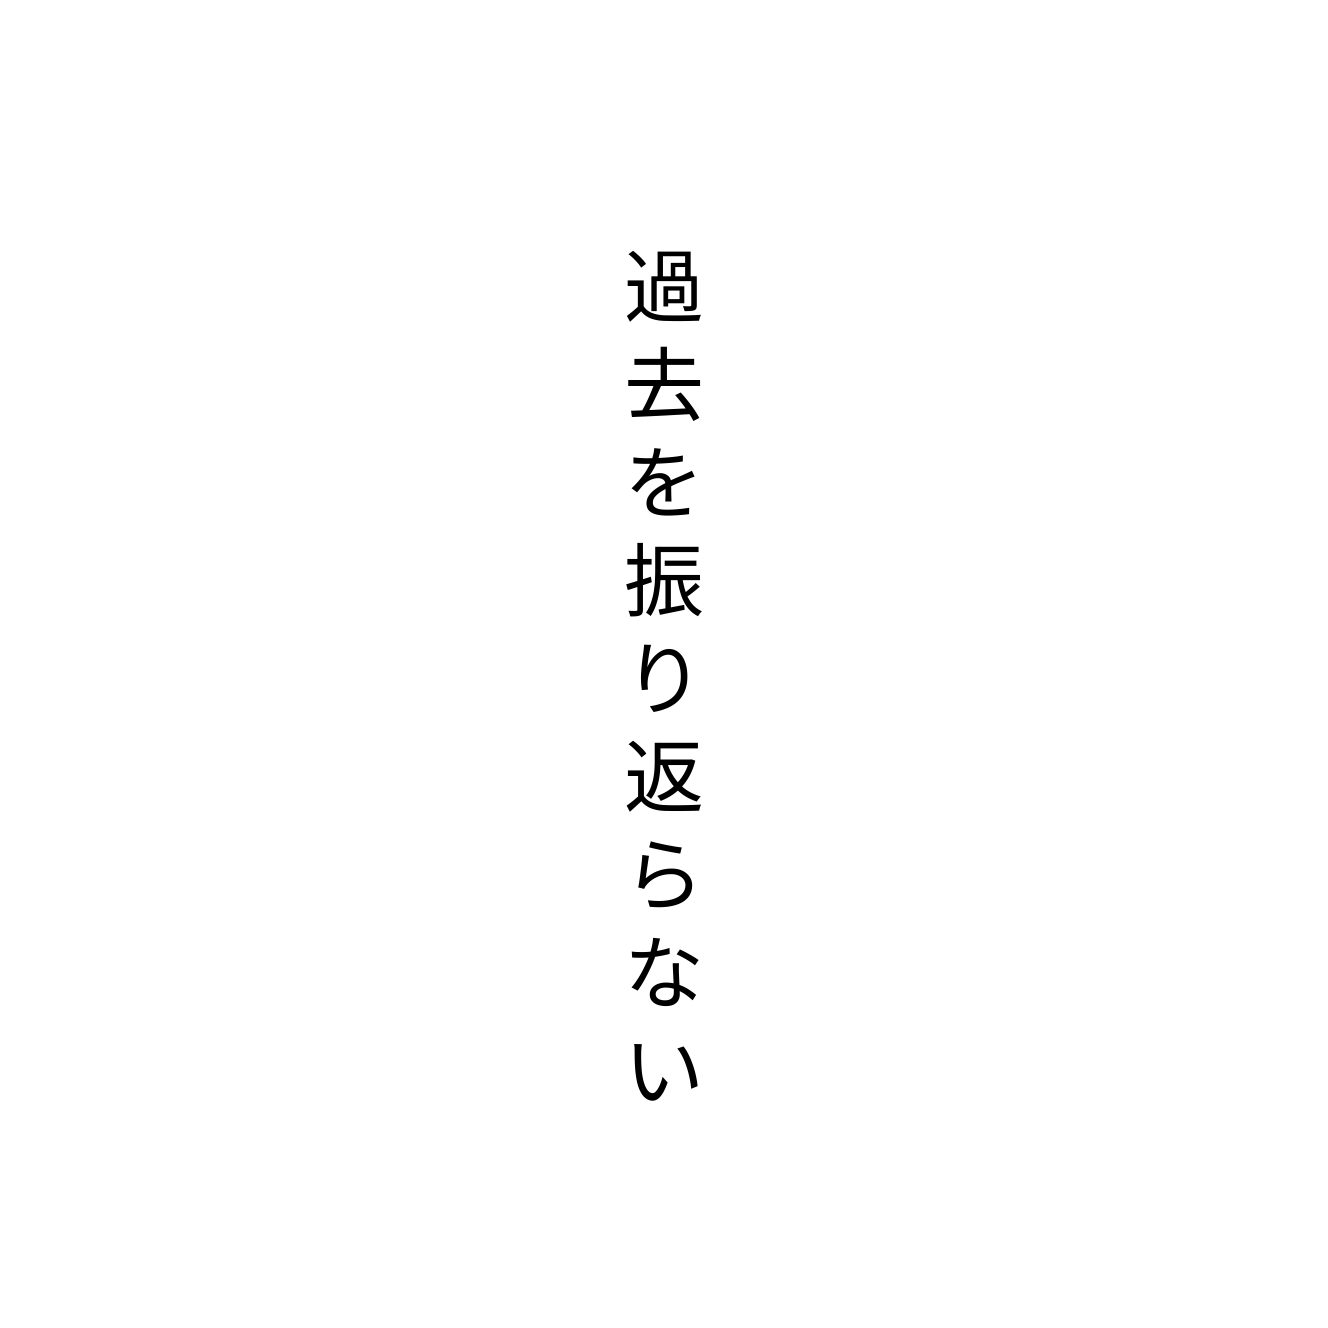
過去を振り返らない